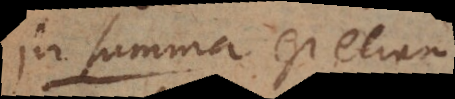
In summa est etiam